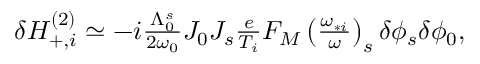
\begin{array} { r } { \delta H _ { + , i } ^ { ( 2 ) } \simeq - i \frac { \Lambda _ { 0 } ^ { s } } { 2 \omega _ { 0 } } J _ { 0 } J _ { s } \frac { e } { T _ { i } } F _ { M } \left( \frac { \omega _ { * i } } { \omega } \right) _ { s } \delta \phi _ { s } \delta \phi _ { 0 } , } \end{array}